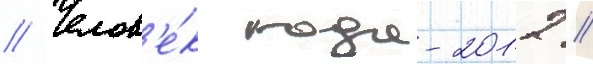
// Челов'е́к года-2012 //